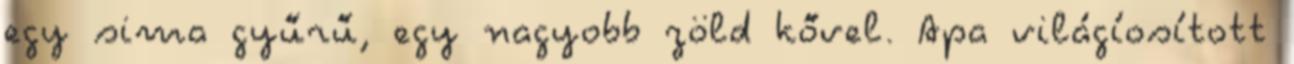
egy sima gyűrű, egy nagyobb zöld kővel. Apa világíosított